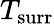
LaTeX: T_{\mathrm{surr}}